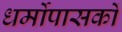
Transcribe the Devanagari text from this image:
धर्मोपासकों